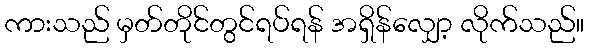
ကားသည် မှတ်တိုင်တွင်ရပ်ရန် အရှိန်လျှော့ လိုက်သည်။